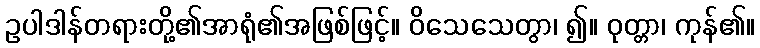
ဥပါဒါန်တရားတို့၏အာရုံ၏အဖြစ်ဖြင့်။ ဝိသေသေတွာ၊ ၍။ ဝုတ္တာ၊ ကုန်၏။